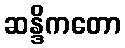
ဆန္ဒိကတော